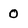
Character: 0